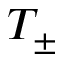
T _ { \pm }